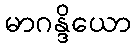
မာဂန္ဒိယော